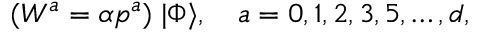
( W ^ { a } = \alpha p ^ { a } ) \; | \Phi \rangle , \quad a = 0 , 1 , 2 , 3 , 5 , \dots , d ,